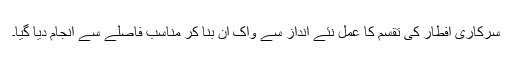
سرکاری افطار کی تقسم کا عمل نئے انداز سے واک اِن بنا کر مناسب فاصلے سے انجام دیا گیا۔